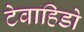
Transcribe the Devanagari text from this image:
टेवाहिडो